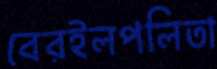
বেরইলপলিতা